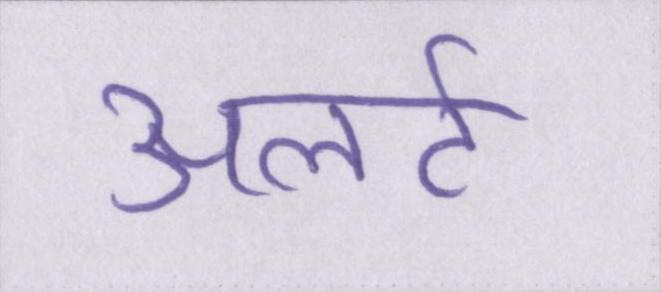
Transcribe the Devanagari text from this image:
अलर्ट